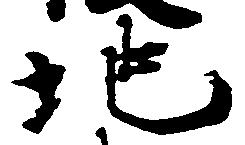
地